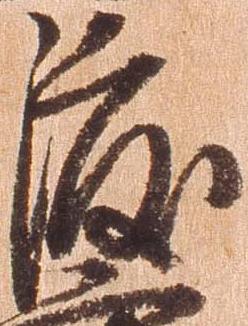
渡